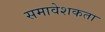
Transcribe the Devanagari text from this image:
समावेशकता